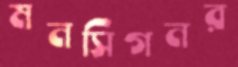
মনসিগনর